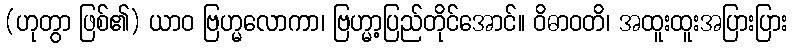
(ဟုတွာ ဖြစ်၏) ယာဝ ဗြဟ္မလောကာ၊ ဗြဟ္မာ့ပြည်တိုင်အောင်။ ဝိဓာဝတိ၊ အထူးထူးအပြားပြား